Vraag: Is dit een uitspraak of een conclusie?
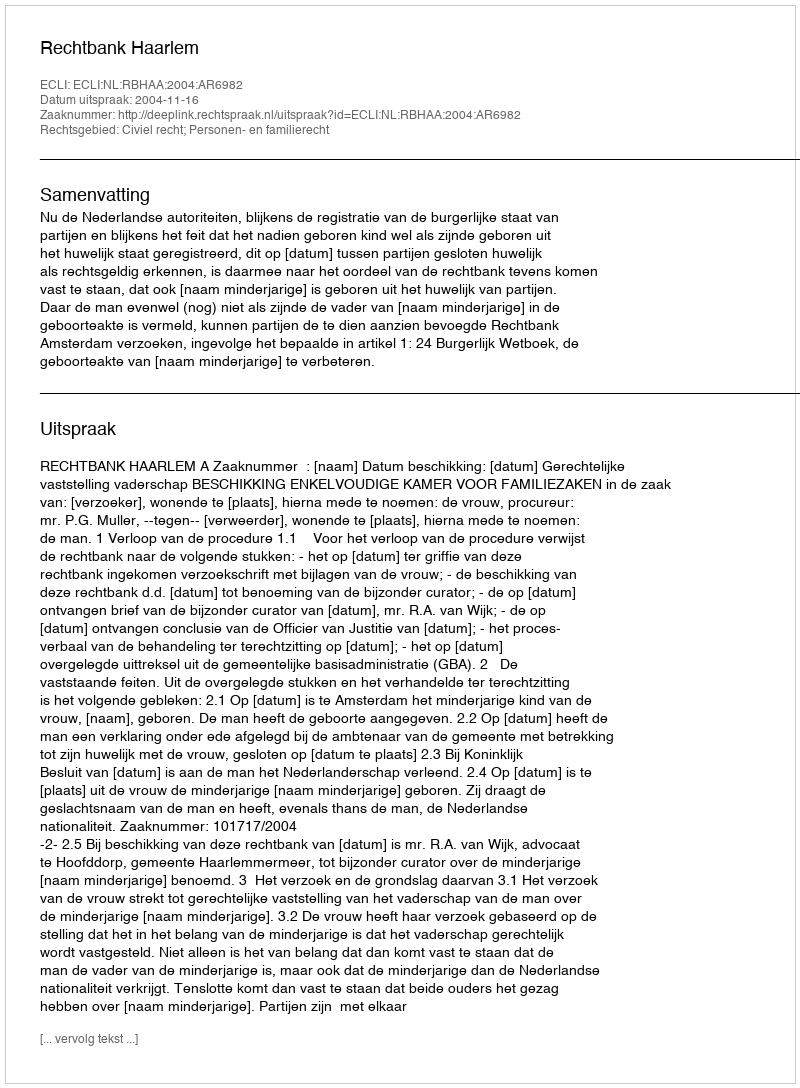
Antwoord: Uitspraak